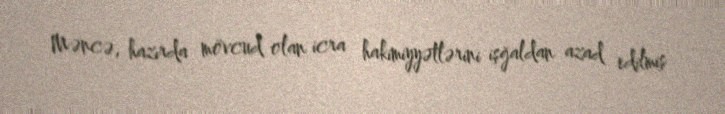
Məncə, hazırda mövcud olan icra hakimiyyətlərini işğaldan azad edilmiş